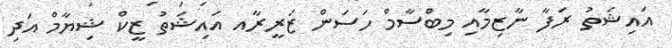
އައިޝަތު ރަފާ ނާޒިމާއި މިބްސާމް ހަސަން ޒަރީރާއ އައިޝަތު ޒީކް ޝިޔާމް އަދި